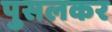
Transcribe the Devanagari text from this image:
पुसलकर